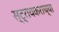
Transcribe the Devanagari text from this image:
स्ट्रायकराच्या